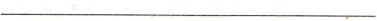
_________________